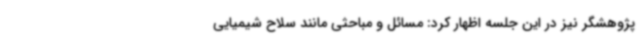
پژوهشگر نیز در این جلسه اظهار کرد: مسائل و مباحثی مانند سلاح شیمیایی